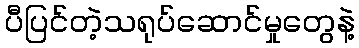
ပီပြင်တဲ့သရုပ်ဆောင်မှုတွေနဲ့